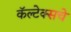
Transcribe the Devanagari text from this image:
कॅल्टेक्सचे